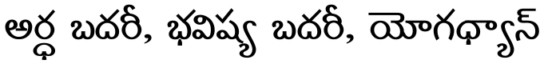
అర్ధ బదరీ, భవిష్య బదరీ, యోగధ్యాన్